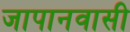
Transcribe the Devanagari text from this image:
जापानवासी